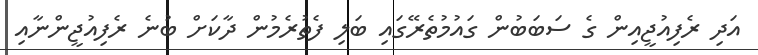
އަދި ރެފިއުޖީއިން ގެ ސަބަބުން ގައުމުތެރޭގައި ބަލި ފެތުރެމުން ދާކަށް ބުނެ ރެފިއުޖީންނާއި